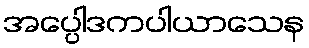
အပ္ပေါဒကပါယာသေန